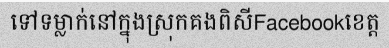
ទៅទម្លាក់នៅក្នុងស្រុកគងពិសីFacebookខេត្ត